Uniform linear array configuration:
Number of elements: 32
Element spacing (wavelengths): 0.25
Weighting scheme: uniform
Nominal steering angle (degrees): -60
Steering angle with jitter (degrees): -59.216
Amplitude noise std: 0.05
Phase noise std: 0.05

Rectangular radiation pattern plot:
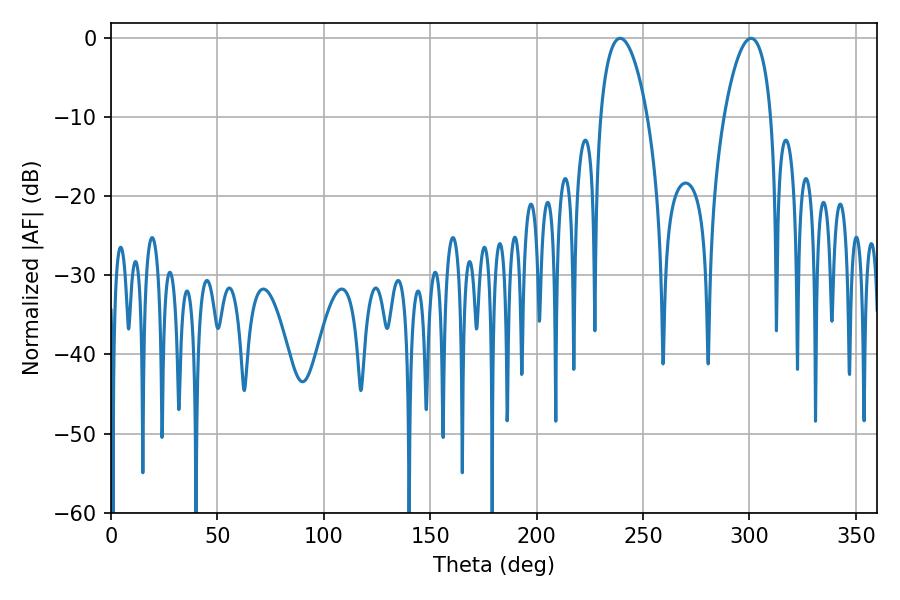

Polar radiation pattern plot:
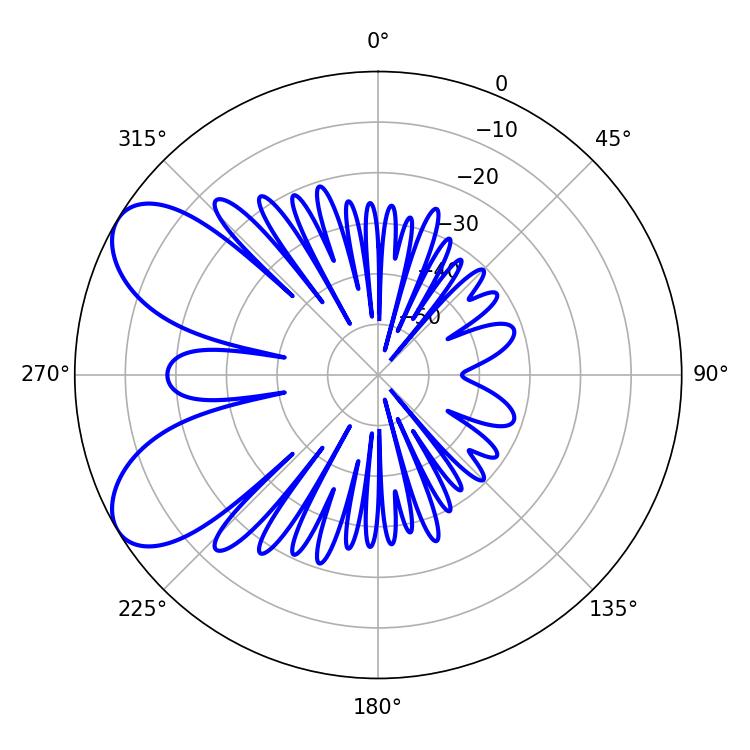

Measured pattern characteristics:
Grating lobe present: FALSE
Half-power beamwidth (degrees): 12.42
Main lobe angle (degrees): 239.22